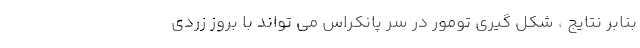
بنابر نتایج ، شکل گیری تومور در سر پانکراس می تواند با بروز زردی